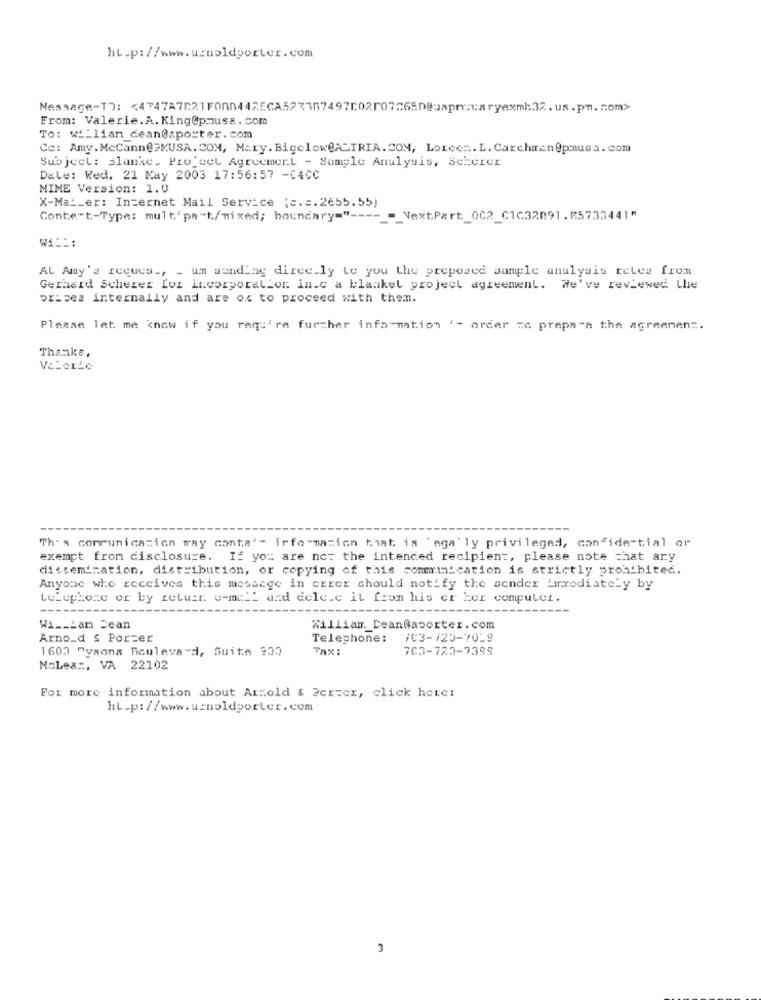
ht-p://www.ummoldporter.com
From: Valerie.A. King@pmusa. com
To: w __ liam_dean@aporter.com
Co: Amy.McCann@?MUSA. COM, Mary. BigcloweALTRIA. COM, Loreen. L. Carchiran@pmusa. com
Subject: slanke. Projeel Agreemert - Sample Anulysis, Scherer
Date: Wed, 21 May 2003 17:56:57 -C4CC
MIME Version: 1.0
X-Mat_er: Internet Mail Service (c.c.2655.55]
Conte=t-Type: mult'pa-t/mixed; boundary=" ----
- NextPart_002_C1032091.R5733441"
W1 ==:
AL Amy's recucs _, _ um wandLag direc.ly Le you the proposed sample anulysis reles from
Gerhard Scherer Lot incorporaLLor in.c a blanket project agreement. We've reviewed the
prices internally and are ox to proceed with them.
Please let me know if you req:'re further information '- order ze prepara the agreement.
Thanke,
Valerie
Th's communication may conta'- irfo-marion that is 'aga' ly privileged, confidential or
exempt from disclosure. If you are not the intended recipient, please note that ary
dissemination, distribution, or copying of this communication is strictly prohibited.
Anyone who receives this message in error should notify the sender immediately by
telephone or by return e-mail and delete it from his or Her computer.
-----
Wi ___ am Jean
William. DeanGaporter. com
Arno_d $ Porzer
Telephone: /03-/25-70-9
1600 Pysons Ticulevad, Suite 900
Tax:
703-720-7399
MoLea :, VA 22102
For more information about Arnold & Perzer, click here:
ht.p://www.unoldporter.com
3